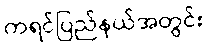
ကရင်ပြည်နယ်အတွင်း